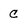
Character: c